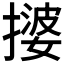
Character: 𫾀